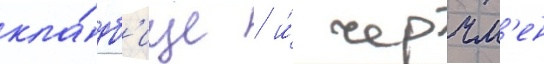
кла́дб'ище / и́ черчм'ен